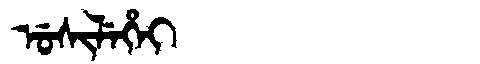
Manchu: ᡠᠰᡳᠯᡝᡥᡝᡳ
Romanization: USILEHEI